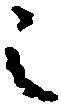
之